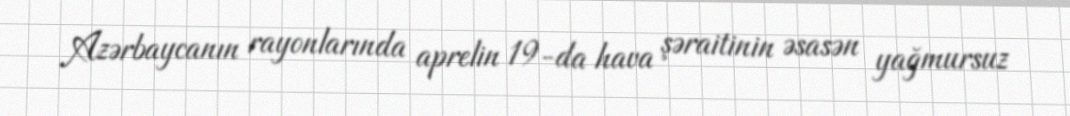
Azərbaycanın rayonlarında aprelin 19-da hava şəraitinin əsasən yağmursuz